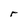
Character: r